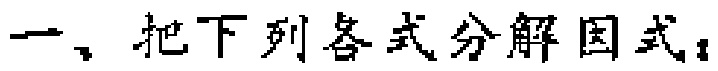
一、把下列各式分解因式：